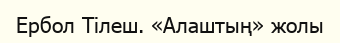
Ербол Тілеш. «Алаштың» жолы